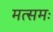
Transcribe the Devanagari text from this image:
मत्समः